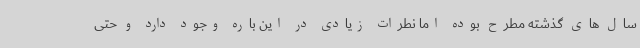
سال های گذشته مطرح بوده اما نطرات زیادی در این باره وجود دارد و حتی